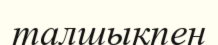
талшықпен